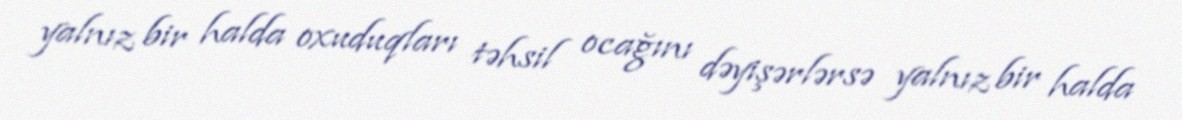
yalnız bir halda oxuduqları təhsil ocağını dəyişərlərsə yalnız bir halda